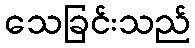
သေခြင်းသည်